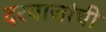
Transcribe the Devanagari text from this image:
दरवाजांची